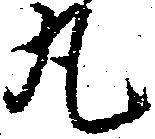
丸